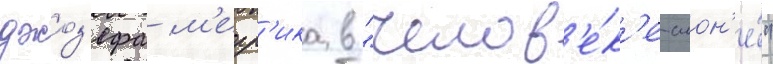
джоз'ефа м'ерр'ика в "челов'е́к'е-слон'е́"